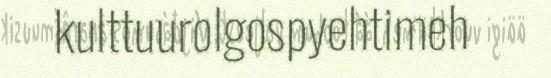
kulttuurolgospyehtimeh